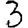
Digit: 3